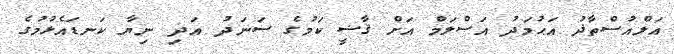
އަލްއުސްތާޛު އަޙުމަދު އަސްލަމް އަށް ޤާޟީ ކަމުގެ ސަނަދު އަދި ނިޔާ ކަނޑައެޅުމުގެ